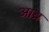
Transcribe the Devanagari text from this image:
आब्र